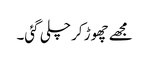
مجھے چھوڑ کر چلی گئی۔